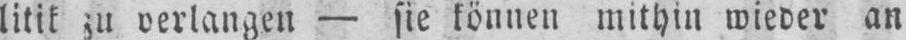
litik zu verlangen - sie können mithin wieder an